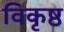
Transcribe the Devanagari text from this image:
विकृष्ठ